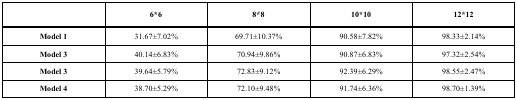
<table><thead><tr><td><b> </b></td><td><b>6*6</b></td><td><b>8*8</b></td><td><b>10*10</b></td><td><b>12*12</b></td></tr></thead><tbody><tr><td>Model 1</td><td>31.67±7.02%</td><td>69.71±10.37%</td><td>90.58±7.82%</td><td>98.33±2.14%</td></tr><tr><td>Model 3</td><td>40.14±6.83%</td><td>70.94±9.86%</td><td>90.87±6.83%</td><td>97.32±2.54%</td></tr><tr><td>Model 3</td><td>39.64±5.79%</td><td>72.83±9.12%</td><td>92.39±6.29%</td><td>98.55±2.47%</td></tr><tr><td>Model 4</td><td>38.70±5.29%</td><td>72.10±9.48%</td><td>91.74±6.36%</td><td>98.70±1.39%</td></tr></tbody></table>